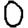
Digit: 0